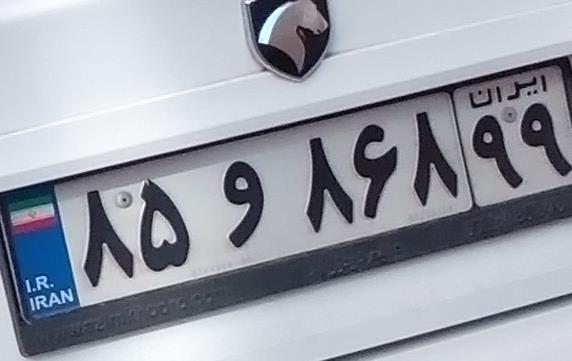
۸۵و۸۶۸۹۹